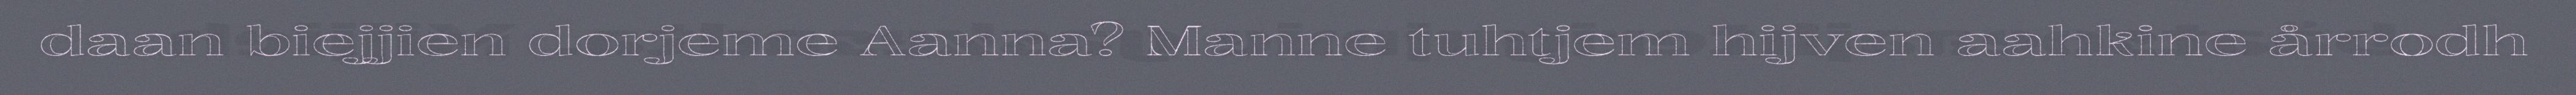
daan biejjien dorjeme Aanna? Manne tuhtjem hijven aahkine årrodh